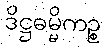
ဒိဋ္ဌဓမ္မိကဉ္စ